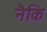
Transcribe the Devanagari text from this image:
नैकि